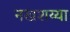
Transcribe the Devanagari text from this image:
नखशय्या